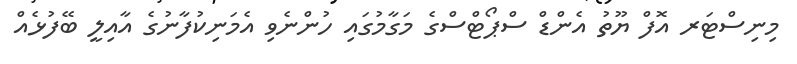
މިނިސްޓަރ އޮފް ޔޫތު އެންޑް ސްޕޯޓްސްގެ މަގާމުގައި ހުންނެވި އެމަނިކުފާނުގެ އާއިލީ ބޭފުޅެއް